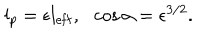
LaTeX: l _ { p } = \epsilon l _ { \mathrm { e f f } } , \ \ \cos \alpha = \epsilon ^ { 3 / 2 } .